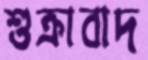
শুক্রাবাদ